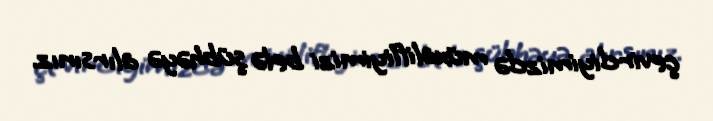
çevirdiyimizdə müxalifliyimizi belə şübhəyə alırsınız.